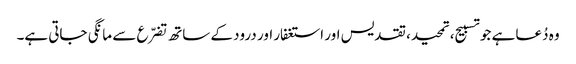
وہ دُعا ہے جو تسبیح، تمحید، تقدیس اور استغفار اور درود کے ساتھ تضرّع سے مانگی جاتی ہے۔